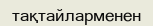
тақтайларменен